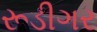
રૂડીગર